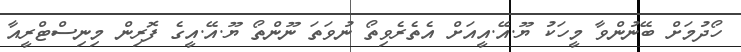
ހޯދުމަށް ބޭނުންވާ މީހަކު ޔޫ.އޭ.އީއަށް އެތެރެވިތޯ ނުވަތަ ނޫންތޯ ޔޫ.އޭ.އީގެ ފޮރިން މިނިސްޓްރީއާ